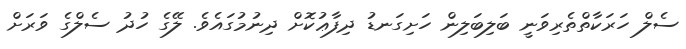
ސެލް ހަރަކާތްތެރިވަނީ ބަލިބަލިން ހަށިގަނޑު ދިފާޢުކޮށް ދިނުމުގައެވެ. ލޭގެ ހުދު ސެލްގެ ވަރަށް